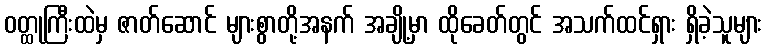
ဝတ္ထုကြီးထဲမှ ဇာတ်ဆောင် များစွာတို့အနက် အချို့မှာ ထိုခေတ်တွင် အသက်ထင်ရှား ရှိခဲ့သူများ